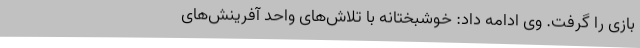
بازی را گرفت. وی ادامه داد: خوشبختانه با تلاش‌های واحد آفرینش‌های